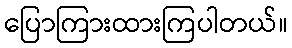
ပြောကြားထားကြပါတယ်။